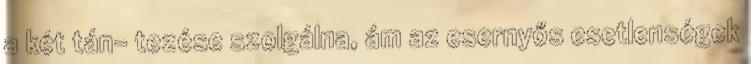
a két tán- tezése szolgálna, ám az esernyős esetlenségek